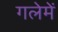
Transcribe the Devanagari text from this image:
गलेमें